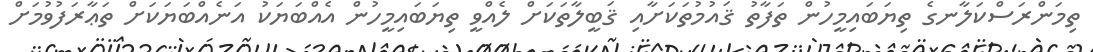
ތިމަންރަސްކަލާނގެ ތިޔަބައިމީހުން ތަފާތު ޤައުމުތަކަށާއި ޤަބީލާތަކަށް ލެއްވީ ތިޔަބައިމީހުން އެއްބަޔަކު އަނެއްބަޔަކަށް ތަޢާރަފުވުމަށް